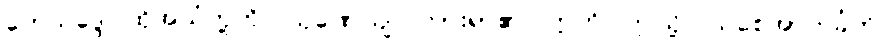
တေသဒ္ဒေ၊ ထိုအသံတို့ကို။ သုဏေယျ၊ ကြားရာ၏။ ဣတိ၊ ဤသို့။ သစေအာကင်္ခတိ၊